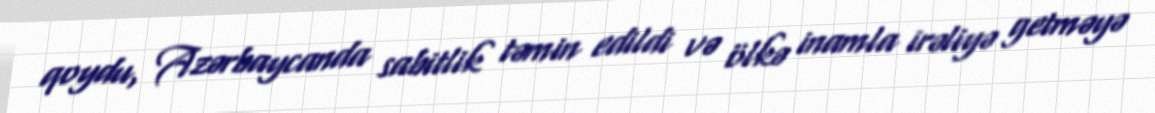
qoydu, Azərbaycanda sabitlik təmin edildi və ölkə inamla irəliyə getməyə